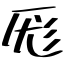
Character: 厖